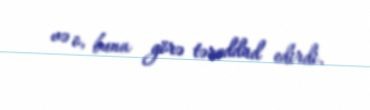
və o, buna görə tərəddüd edirdi.